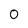
Character: 0